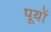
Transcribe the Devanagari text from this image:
पूयों